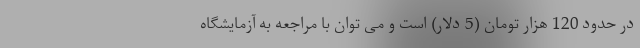
در حدود 120 هزار تومان (5 دلار) است و می توان با مراجعه به آزمایشگاه